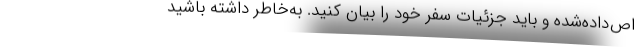
اص‌داده‌شده و باید جزئیات سفر خود را بیان کنید. به‌خاطر داشته باشید